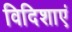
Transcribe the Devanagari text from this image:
विदिशाएं